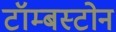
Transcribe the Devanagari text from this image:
टॉम्बस्टोन